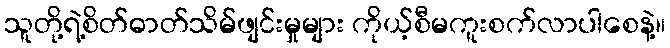
သူတို့ရဲ့စိတ်ဓာတ်သိမ်ဖျင်းမှုများ ကိုယ့်စီမကူးစက်လာပါစေနဲ့။